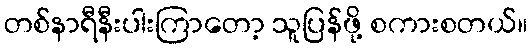
တစ်နာရီနီးပါးကြာတော့ သူပြန်ဖို့ စကားစတယ်။